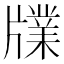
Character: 㸣